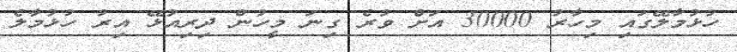
ހުޅުމާލޭގައި މިހާރު 30000 އަށް ވުރެ ގިނަ މީހުން ދިރިއުޅޭ އިރު ހުޅުމާލެ